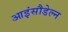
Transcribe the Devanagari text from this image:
आइंसौडेल्न